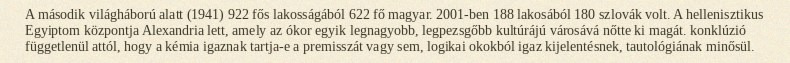
A második világháború alatt (1941) 922 fős lakosságából 622 fő magyar. 2001-ben 188 lakosából 180 szlovák volt. A hellenisztikus Egyiptom központja Alexandria lett, amely az ókor egyik legnagyobb, legpezsgőbb kultúrájú városává nőtte ki magát. konklúzió függetlenül attól, hogy a kémia igaznak tartja-e a premisszát vagy sem, logikai okokból igaz kijelentésnek, tautológiának minősül.